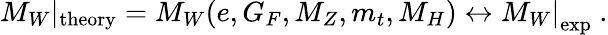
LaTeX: M_{W}\left|_\mathrm{theory}=M_{W}(e,G_{F},M_{Z},m_{t},M_{H})\leftrightarrow M_{W}\right|_{\mathrm{exp}}~.